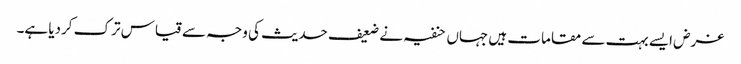
غرض ایسے بہت سے مقامات ہیں جہاں حنفیہ نے ضعیف حدیث کی وجہ سے قیاس ترک کردیا ہے۔